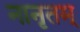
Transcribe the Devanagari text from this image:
नानृतम्